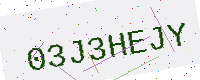
Text: 03J3HEJY